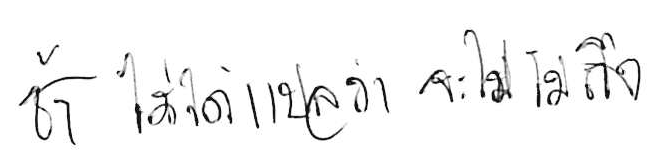
ช้า ไม่ได้แปลว่า จะไปไม่ถึง